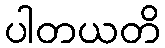
ပါတယတိ